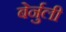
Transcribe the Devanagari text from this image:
बेर्नुली